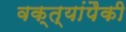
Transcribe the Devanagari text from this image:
वक्त्यांपैकी